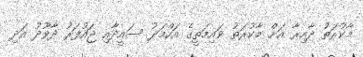
މާކުރަތު ދާއިރާ އަށް މާކުރަތު ވައިމަތީގެ އަހްމަދު ސައީދާއި ޖައުފަރު ދާވޫދު އަދި